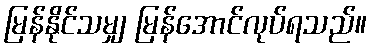
မြန်နိုင်သမျှ မြန်အောင်လုပ်ရသည်။